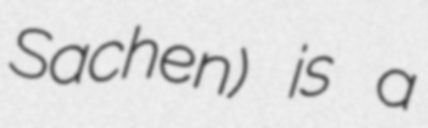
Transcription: Sachen) is a